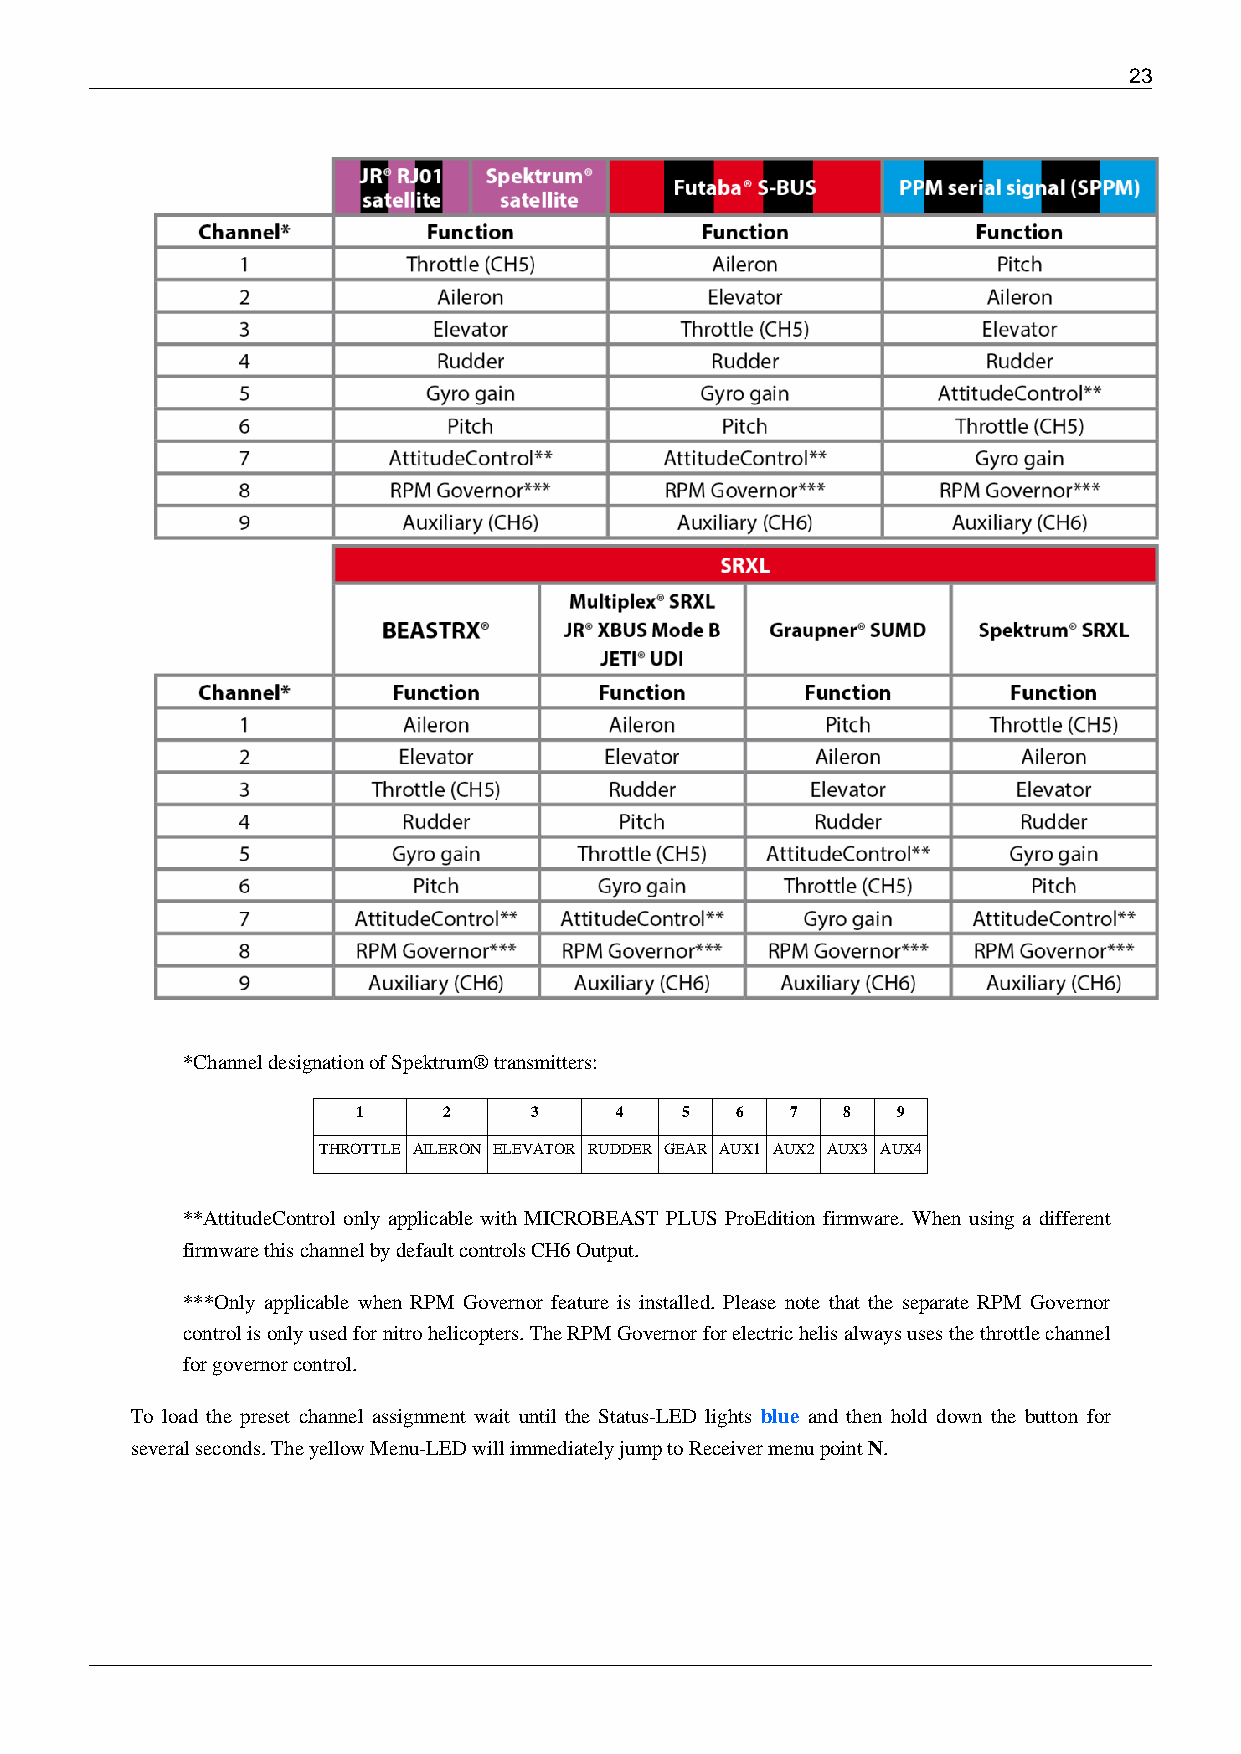
23
 *Channel designation of Spektrum® transmitters:
 1    2     3     4   5   6  7   8  9
 THROTTLE AILERON ELEVATOR RUDDER GEAR AUX1 AUX2 AUX3 AUX4
 **AttitudeControl only applicable with MICROBEAST PLUS ProEdition firmware. When using a different
 firmware this channel by default controls CH6 Output.
 ***Only applicable when RPM Governor feature is installed. Please note that the separate RPM Governor
 control is only used for nitro helicopters. The RPM Governor for electric helis always uses the throttle channel
 for governor control.
 To load the preset channel assignment wait until the Status-LED lights blue and then hold down the button for
 several seconds. The yellow Menu-LED will immediately jump to Receiver menu point N.